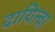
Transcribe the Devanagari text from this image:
दायित्वा